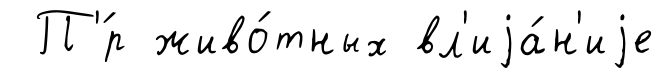
П'́р живо́тных вл'иjа́н'иjе